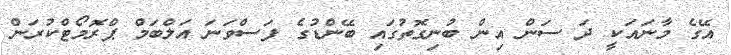
އޭގެ މާނައަކީ ދަ ސަން އިން ބުނިގޮތުގައި ބޭންޑުގެ ފަސްވަނަ އަލްބަމް ޕްރޮމޯޓްކުރަން